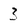
Character: 3